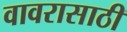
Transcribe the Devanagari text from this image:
वावरासाठी